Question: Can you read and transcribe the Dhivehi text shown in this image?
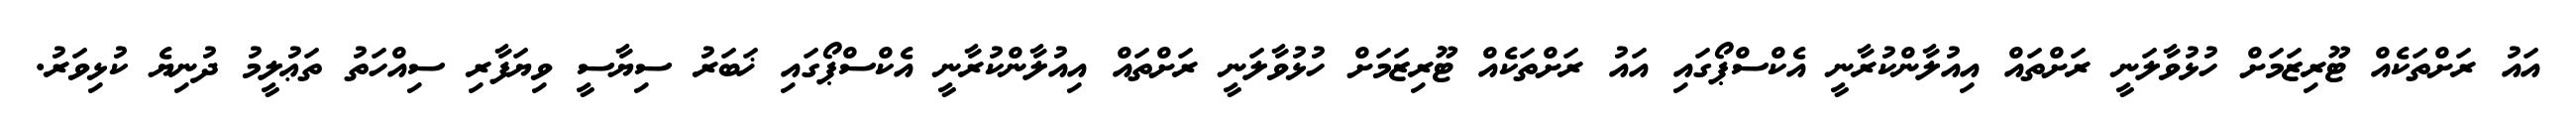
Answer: އައު ރަށްތަކެއް ޓޫރިޒަމަށް ހުޅުވާލަނީ ރަށްތައް އިއުލާންކުރާނީ އެކްސްޕޯގައި އައު ރަށްތަކެއް ޓޫރިޒަމަށް ހުޅުވާލަނީ ރަށްތައް އިއުލާންކުރާނީ އެކްސްޕޯގައި ޚަބަރު ސިޔާސީ ވިޔަފާރި ސިއްހަތު ތަޢުލީމު ދުނިޔެ ކުޅިވަރު.